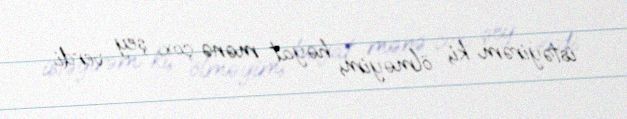
istəyirəm ki, ölməyim; həyat mənə çox şey verdi..